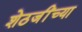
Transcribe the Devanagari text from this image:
शेठजींच्या